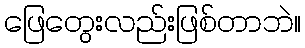
ဖြေတွေးလည်းဖြစ်တာဘဲ။